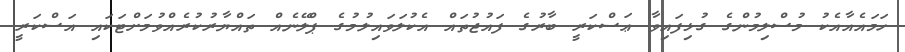
ހަމައެއާއެކު މުސްލިމުންގެ ގުޅިފައިވާ ޢަސްކަރީ ބާރުގެ ފައުޖުތައް އެކުލަވައިލުމުގެ ޕްލޭނެއް ތައްޔާރުކުރެއްވުމަށްޓަކައި އަސްކަރީ